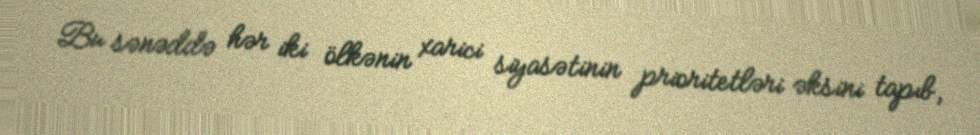
Bu sənəddə hər iki ölkənin xarici siyasətinin prioritetləri əksini tapıb,